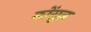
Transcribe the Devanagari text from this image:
कोंसुल